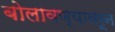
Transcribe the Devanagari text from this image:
बोलावण्यावरून